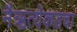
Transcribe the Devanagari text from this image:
नैऋत्येकडचा